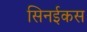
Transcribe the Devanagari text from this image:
सिनईकस